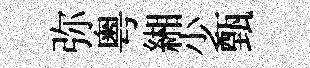
弥粤緗少甄